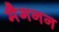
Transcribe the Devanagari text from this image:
मैगनन